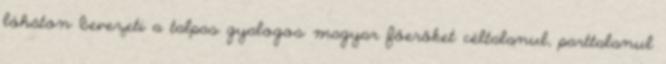
lóháton bevezeti a talpas gyalogos magyar főerőket céltalanul, parttalanul